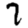
Digit: 7